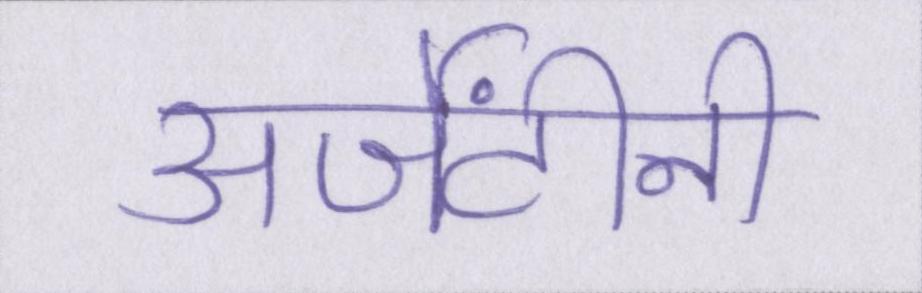
अर्जेंटीनी